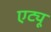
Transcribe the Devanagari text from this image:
एट्यू